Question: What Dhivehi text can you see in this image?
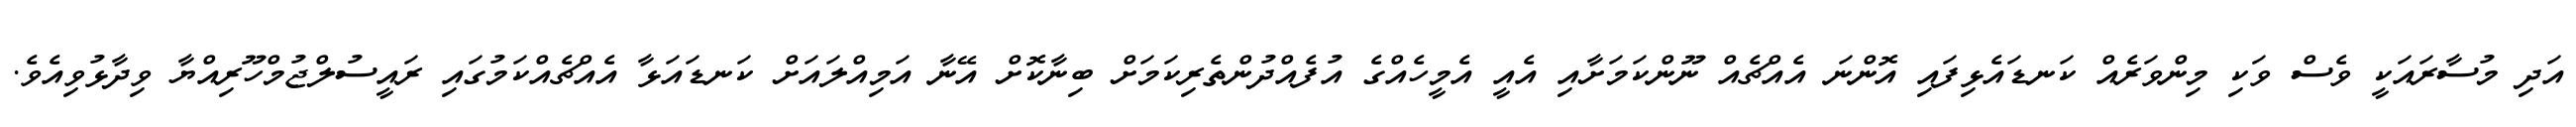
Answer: އަދި މުސާރައަކީ ވެސް ވަކި މިންވަރެއް ކަނޑައެޅިފައި އޮންނަ އެއްޗެއް ނޫންކަމަށާއި އެއީ އެމީހެއްގެ އުފެއްދުންތެރިކަމަށް ބިނާކޮށް އޭނާ އަމިއްލައަށް ކަނޑައަޅާ އެއްޗެއްކަމުގައި ރައީސުލްޖުމްހޫރިއްޔާ ވިދާޅުވިއެވެ.